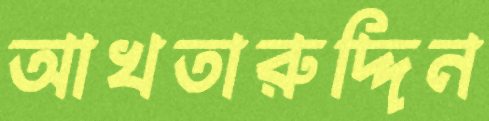
আখতারুদ্দিন